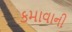
કમાવાની